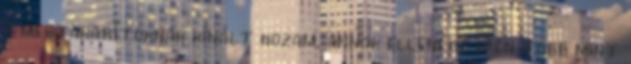
a megtakarítóknak kínált hozam, annak ellenére idén több mint